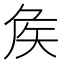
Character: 矦